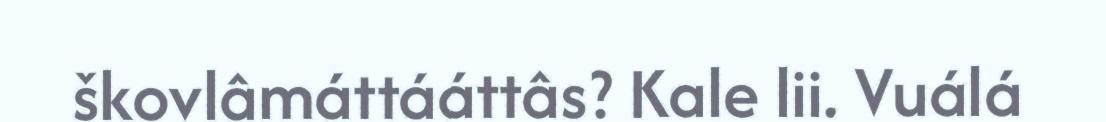
škovlâmáttááttâs? Kale lii. Vuálá